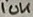
Text: 10K